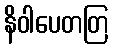
နိဝါပေတတြ